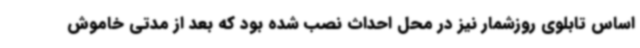
اساس تابلوی روزشمار نیز در محل احداث نصب شده بود که بعد از مدتی خاموش